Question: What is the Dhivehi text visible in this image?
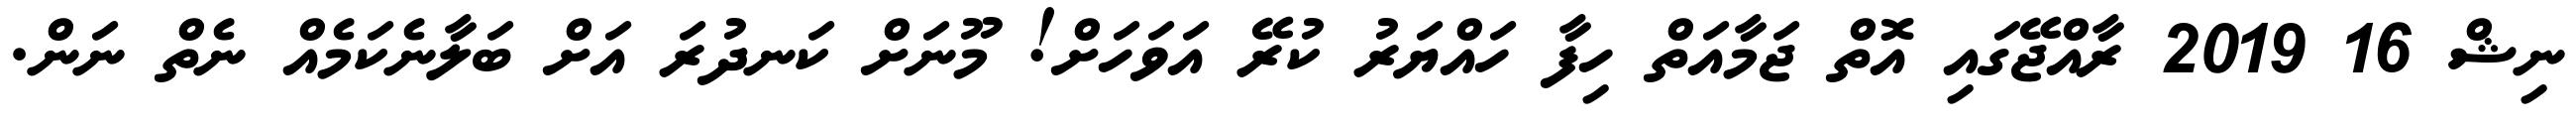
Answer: ނިޝް 16 2019 ރާއްޖޭގައި އޮތް ޖަމާއަތް ހިފާ ހައްޔަރު ކުރޭ އަވަހަށް! މޫނަށް ކަނދުރަ އަށް ބަލާނެކަމެއް ނެތް ނަން.